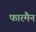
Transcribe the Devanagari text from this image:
फारमैन